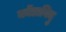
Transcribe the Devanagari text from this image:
कोंडाविदु